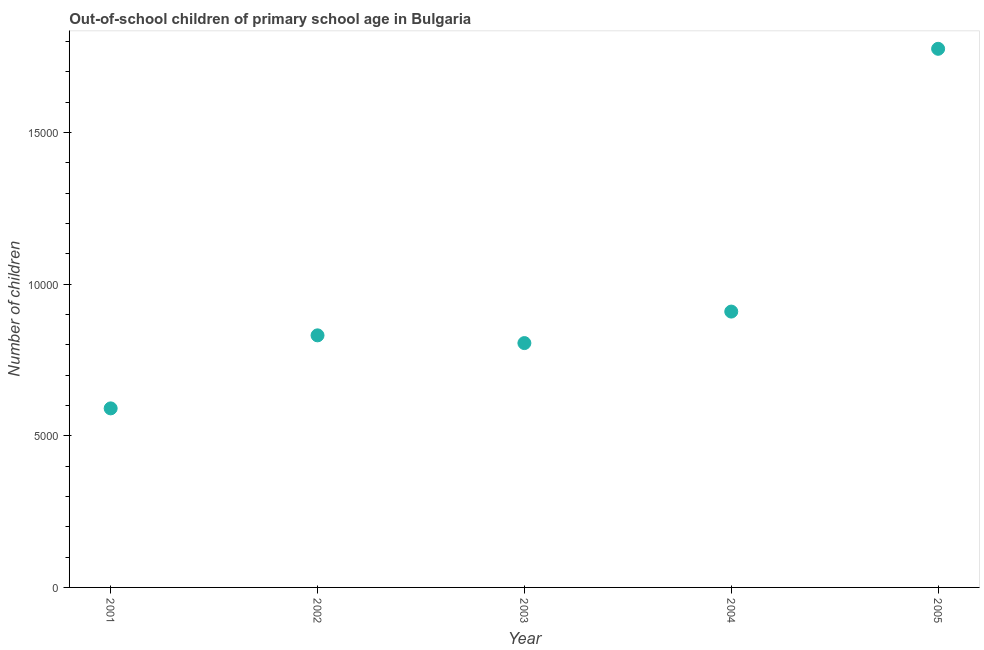
| Year | Out-of-school children of primary school age |
 | --- | --- |
 | 2001 | 5.9e+03 |
 | 2002 | 8.31e+03 |
 | 2003 | 8.06e+03 |
 | 2004 | 9.1e+03 |
 | 2005 | 1.78e+04 |